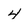
Character: 4